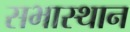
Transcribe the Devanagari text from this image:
सभास्थान